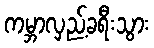
ကမ္ဘာလှည့်ခရီးသွား